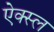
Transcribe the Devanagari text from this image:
ऐक्स्ल